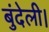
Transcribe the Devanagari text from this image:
बुंदेली।